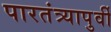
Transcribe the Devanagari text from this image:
पारतंत्र्यापुर्वी